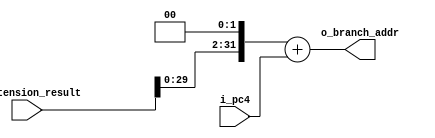
`timescale 1ns / 1ps

module branch_addr #(
    parameter NB = 32
) (
    input      [NB-1:0] i_extension_result,
    input      [NB-1:0] i_pc4,
    output reg [NB-1:0] o_branch_addr
);

  always @(*) begin
    o_branch_addr <= (i_extension_result << 2) + i_pc4;
  end

endmodule